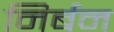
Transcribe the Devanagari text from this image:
निर्बन